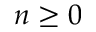
n \geq 0